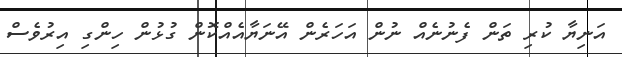
އަނިޔާ ކުރި ތަން ފެނުނެއް ނުން އަހަރެން އޭނަޔާއެއްކޮން ގުޅުން ހިންގި އިރުވެސް